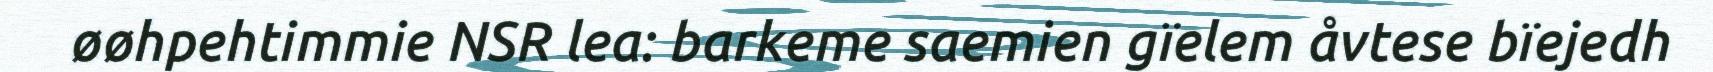
øøhpehtimmie NSR lea: barkeme saemien gïelem åvtese bïejedh